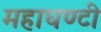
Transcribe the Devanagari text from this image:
महाघण्टी